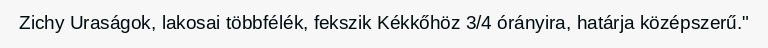
Zichy Uraságok, lakosai többfélék, fekszik Kékkőhöz 3/4 órányira, határja középszerű."